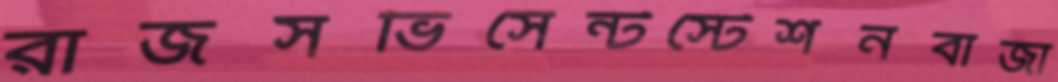
রাজসভিসেন্টস্টেশনবাজা